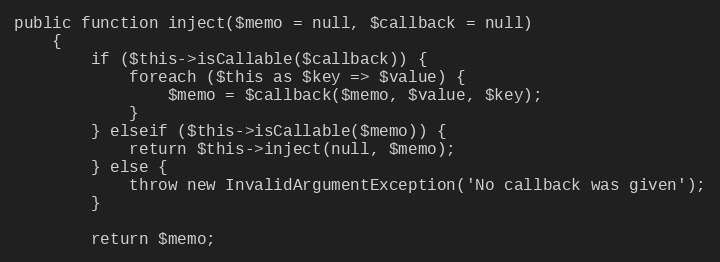
Language: PHP
public function inject($memo = null, $callback = null)
    {
        if ($this->isCallable($callback)) {
            foreach ($this as $key => $value) {
                $memo = $callback($memo, $value, $key);
            }
        } elseif ($this->isCallable($memo)) {
            return $this->inject(null, $memo);
        } else {
            throw new InvalidArgumentException('No callback was given');
        }

        return $memo;